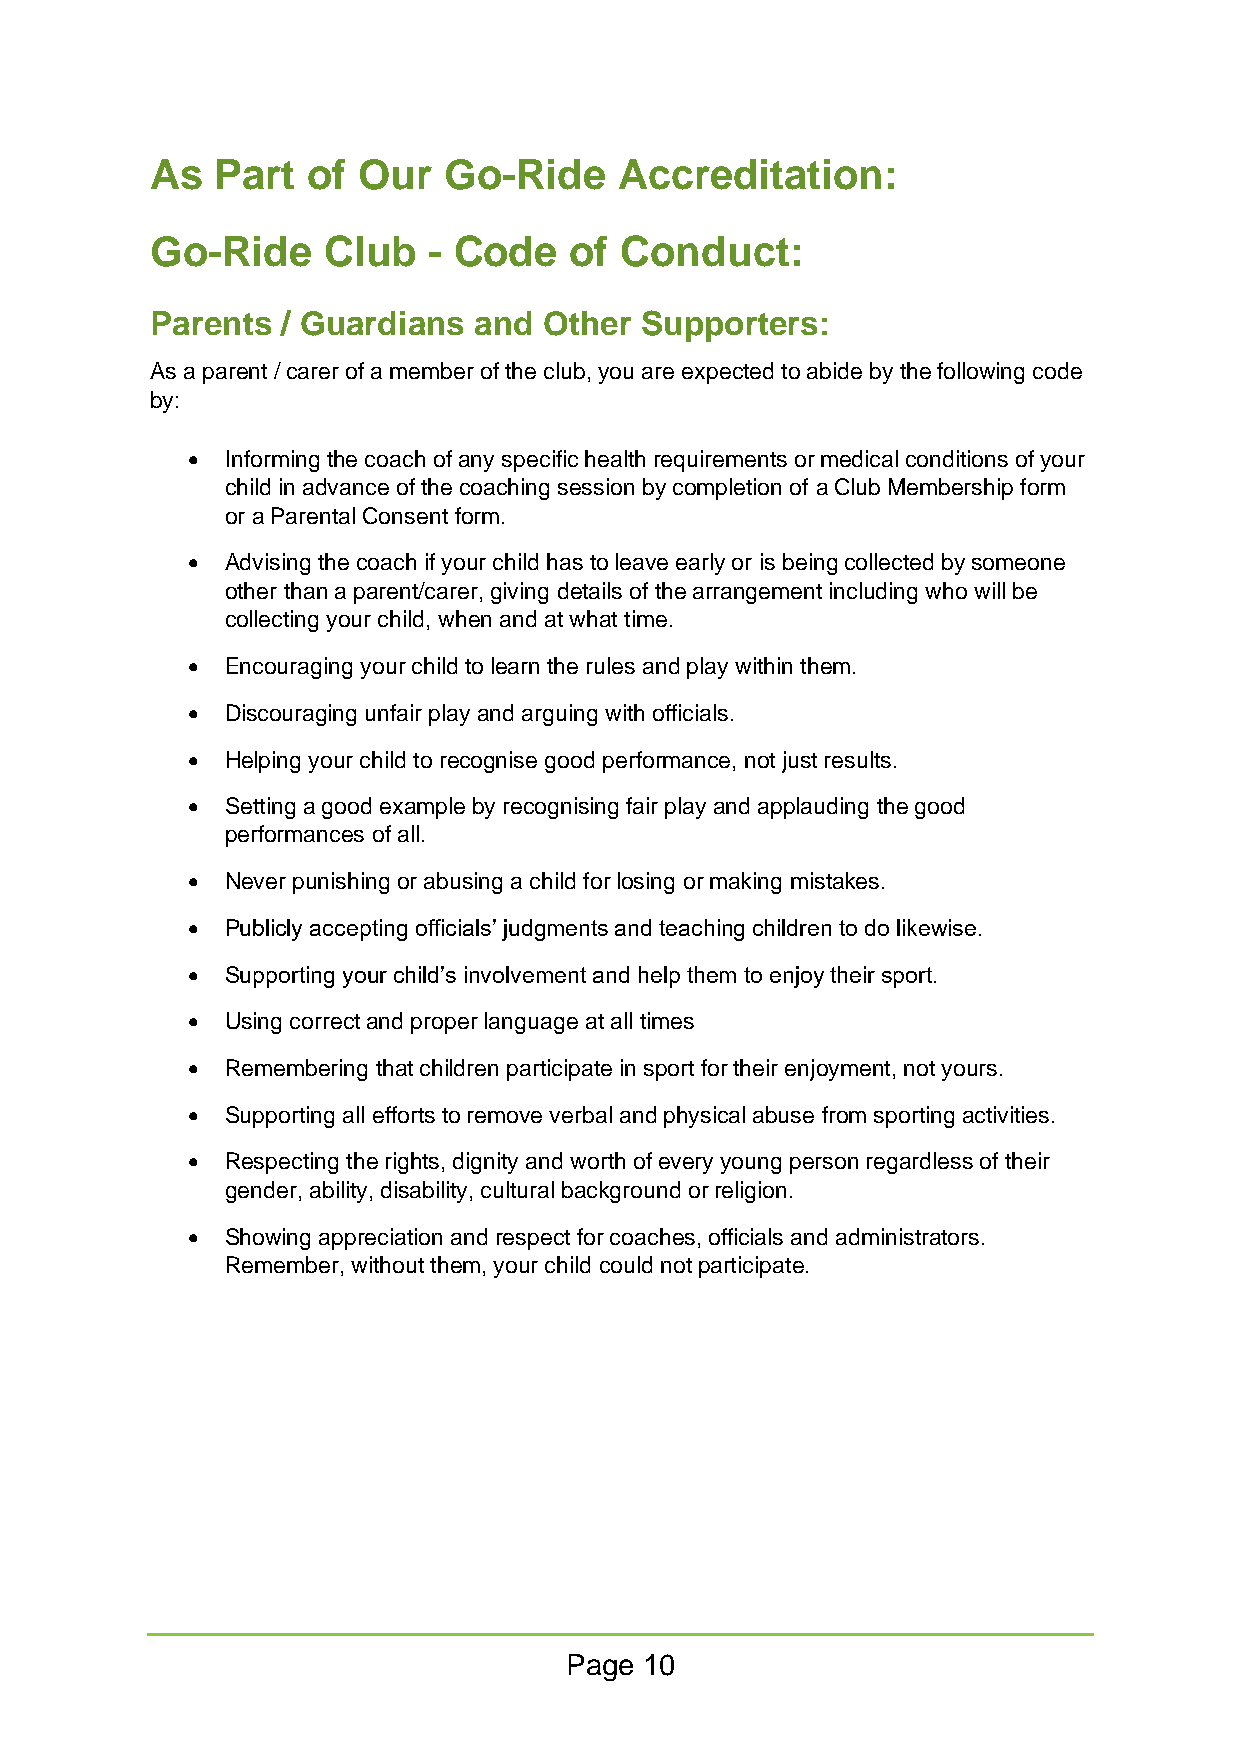
As  Part  of  Our  Go-Ride     Accreditation:
 Go-Ride    Club   - Code    of Conduct:
 Parents  / Guardians and  Other Supporters:
 As a parent / carer of a member of the club, you are expected to abide by the following code
 by:
 •  Informing the coach of any specific health requirements or medical conditions of your
 child in advance of the coaching session by completion of a Club Membership form
 or a Parental Consent form.
 •  Advising the coach if your child has to leave early or is being collected by someone
 other than a parent/carer, giving details of the arrangement including who will be
 collecting your child, when and at what time.
 •  Encouraging your child to learn the rules and play within them.
 •  Discouraging unfair play and arguing with officials.
 •  Helping your child to recognise good performance, not just results.
 •  Setting a good example by recognising fair play and applauding the good
 performances of all.
 •  Never punishing or abusing a child for losing or making mistakes.
 •  Publicly accepting officials’ judgments and teaching children to do likewise.
 •  Supporting your child’s involvement and help them to enjoy their sport.
 •  Using correct and proper language at all times
 •  Remembering that children participate in sport for their enjoyment, not yours.
 •  Supporting all efforts to remove verbal and physical abuse from sporting activities.
 •  Respecting the rights, dignity and worth of every young person regardless of their
 gender, ability, disability, cultural background or religion.
 •  Showing appreciation and respect for coaches, officials and administrators.
 Remember, without them, your child could not participate.
 Page  10